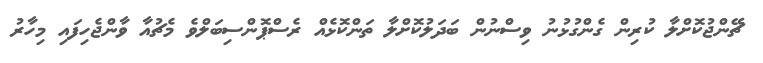
ޗޭންޖުކޮށްލާ ކުރިން ގެންގުޅުނު ވިސްނުން ބަދަލުކޮށްލާ ތަންކޮޅެއް ރެސްޕޮންސިބަލްވެ މެޗުއާ ވާންޖެހިފައި މިހާރު